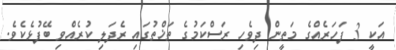
އަކީ 3 ފަހަރެއްގެ މަތީން ދިވެހި ރަސްކަމުގެ ތަޚްތުގައި ރެދަލި ކުރެއްވި ބޭފުޅެކެވެ.